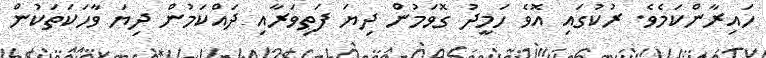
ހައިރާންކަމެވެ. ރުކުގައި އޮވެ ހަމީދު ގޮވަމުން ދިޔަ ފަތިވަރާއި ދައްކަމުން ދިޔަ ވާހަކަތަކުން